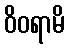
ဝိဝရာမိ